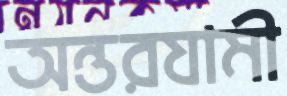
অন্তরযামী